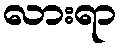
လားရာ